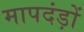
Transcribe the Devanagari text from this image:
मापदंड़ों